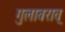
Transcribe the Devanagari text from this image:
गुलाबराव्